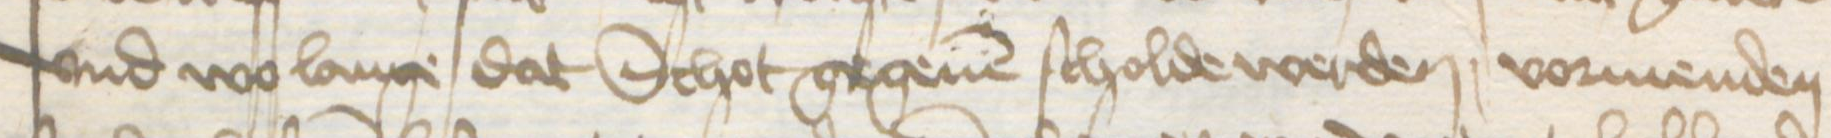
vnd wo lange dat Schot gegeuen scholde werden vormenden